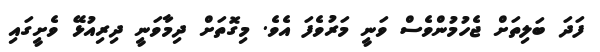
ފަދަ ބަލިތަށް ޖެހުމުންވެސް ވަނީ މަރުވެފަ އެވެ. މިގޮތަށް ދިމާވަނީ ދިރިއުޅޭ ވެށީގައި